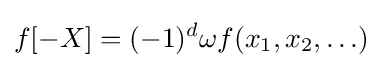
f[-X]=(-1)^{d}\omega f(x_{1},x_{2},\ldots )